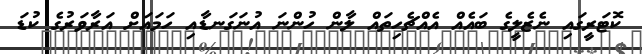
ކޮޓަރީގައި ނެޒެލީގެ ބައެއް އެއްޗެހިތައް ލާން ހުންނަ އުނަގަނޑާއި ހަމައަށް އަރާވަރުގެ ކުޑަ